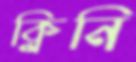
ক্লিনি